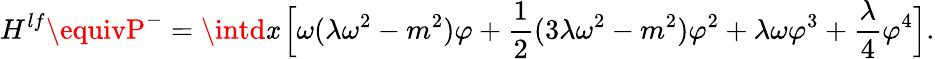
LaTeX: {H^{lf}\equivP^{-}}=\intd\mathit{x}\, \Bigl[\omega(\lambda\omega^{2}-m^{2})\varphi+{\frac{{1}}{{2}}}(3\lambda\omega^{2}-m^{2})\varphi^{2}+\lambda\omega\varphi^{3}+{\frac{{\lambda}}{{4}}}\varphi^{4}\Bigr].